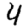
Digit: 4